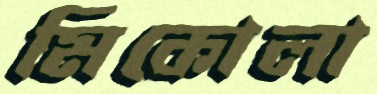
মিকোলা